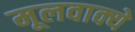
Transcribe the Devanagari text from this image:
मूलवाक्ये